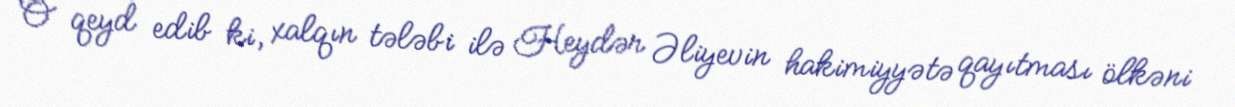
O qeyd edib ki, xalqın tələbi ilə Heydər Əliyevin hakimiyyətə qayıtması ölkəni